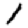
Digit: 1